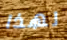
لهذا